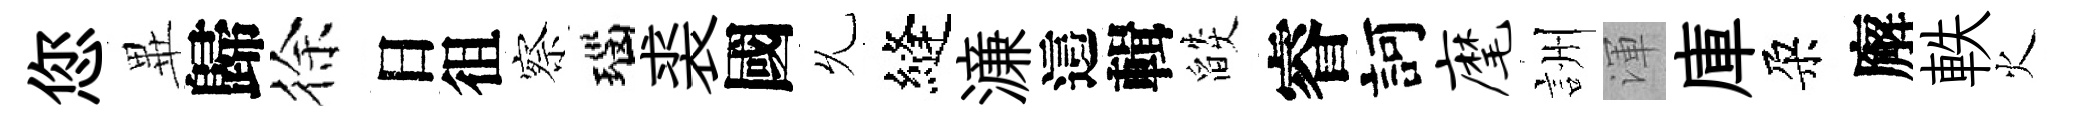
您𭺾歸徐日徂察瑙裘國𠃔縫濓這輯燄睿訶麾詶渾庫朶廨軼火